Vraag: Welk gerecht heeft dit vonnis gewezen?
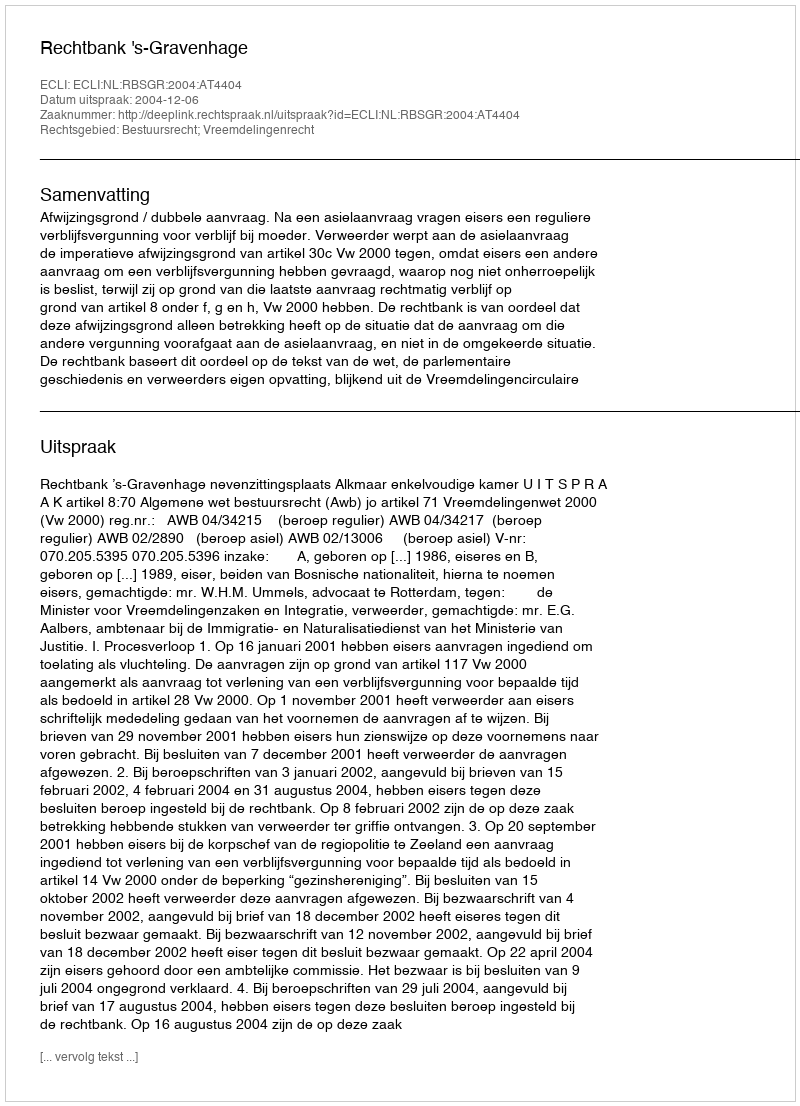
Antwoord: Rechtbank 's-Gravenhage